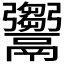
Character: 𩱦